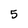
Character: 5